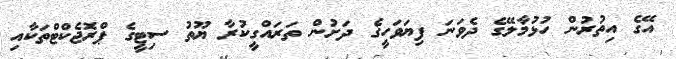
އޭގެ އިތުރުން ހުޅުމާލޭގެ ދެވަނަ ފިޔަވަހީގެ ދަށުން ތަރައްގީކުރާ ޔޫތު ސިޓީގެ ޕްރޮޖެކްޓްތަކާއި